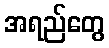
အရည်တွေ